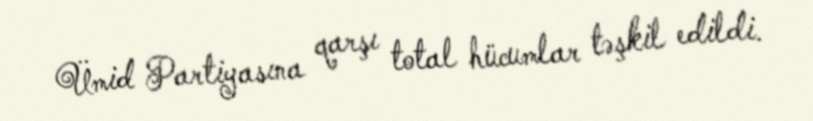
Ümid Partiyasına qarşı total hücumlar təşkil edildi.